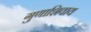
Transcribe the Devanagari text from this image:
गुणाशिवाय